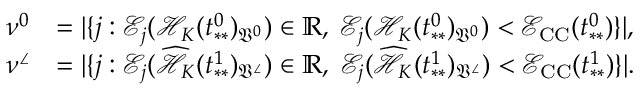
\begin{array} { r l } { \nu ^ { 0 } } & { = | \{ j : \mathcal { E } _ { j } ( \mathcal { H } _ { K } ( t _ { * * } ^ { 0 } ) _ { \mathfrak { V } ^ { 0 } } ) \in \mathbb { R } , \; \mathcal { E } _ { j } ( \mathcal { H } _ { K } ( t _ { * * } ^ { 0 } ) _ { \mathfrak { V } ^ { 0 } } ) < \mathcal { E } _ { \mathrm { C C } } ( t _ { * * } ^ { 0 } ) \} | , } \\ { \nu ^ { \angle } } & { = | \{ j : \mathcal { E } _ { j } ( \widehat { \mathcal { H } _ { K } } ( t _ { * * } ^ { 1 } ) _ { \mathfrak { V } ^ { \angle } } ) \in \mathbb { R } , \; \mathcal { E } _ { j } ( \widehat { \mathcal { H } _ { K } } ( t _ { * * } ^ { 1 } ) _ { \mathfrak { V } ^ { \angle } } ) < \mathcal { E } _ { \mathrm { C C } } ( t _ { * * } ^ { 1 } ) \} | . } \end{array}